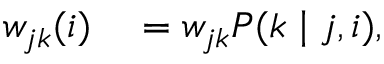
\begin{array} { r l } { w _ { j k } ( i ) } & { { } = w _ { j k } P ( k \mid j , i ) , } \end{array}